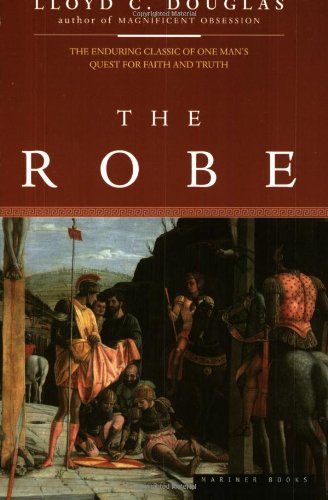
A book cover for The Robe; Lloyd C. Douglas; Religion & Spirituality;